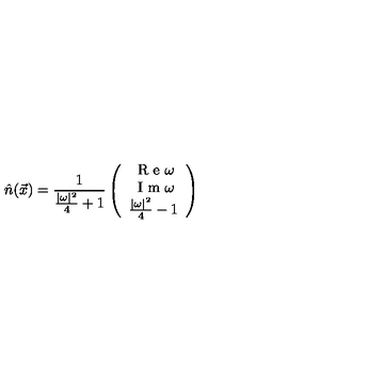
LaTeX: \hat { n } ( \vec { x } ) = \frac { 1 } { \frac { | \omega | ^ { 2 } } { 4 } + 1 } \left( \begin{array} { c c c } { \textrm { R e } \omega } \\ { \textrm { I m } \omega } \\ { \frac { | \omega | ^ { 2 } } { 4 } - 1 } \\ \end{array} \right)